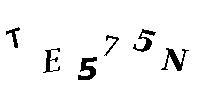
TE575N